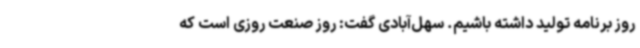
روز برنامه تولید داشته باشیم. سهل‌آبادی گفت: روز صنعت روزی است که